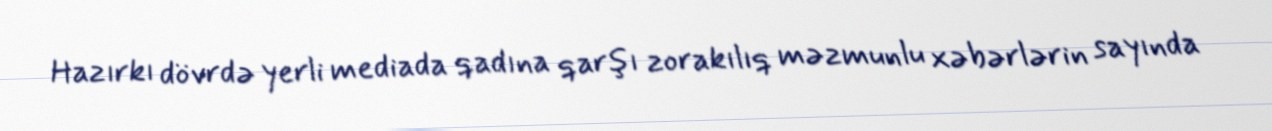
Hazırkı dövrdə yerli mediada qadına qarşı zorakılıq məzmunlu xəbərlərin sayında